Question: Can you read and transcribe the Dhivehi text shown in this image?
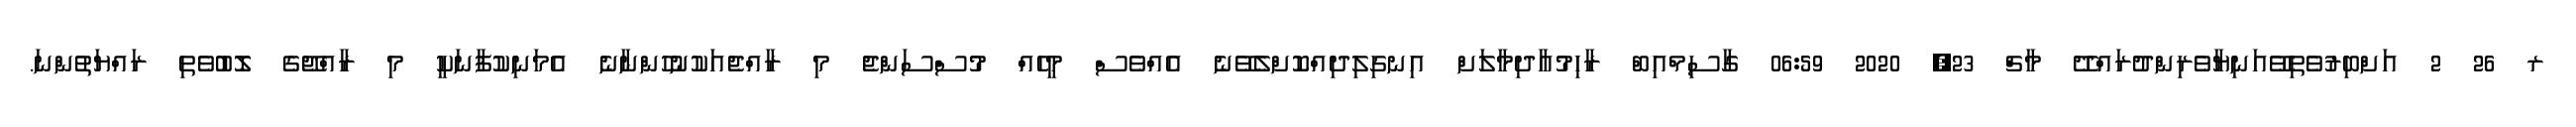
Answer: ރ 26 2 އަށްބިރުވެތިވޭއަނިޔާވެރިންދުރައްދޭ މާޗް 23, 2020 06:59 ގާސިމްއިބް ރާހިމުއާދިމާލަށް އިނގިލިދިއްކޮށްލެވޭނެ އެއްވެސް މީހެއް މުސްސަންޖެ މި ރާއްޖެއަކުނުހުންނާނެ އެމަނިކުފާނަކީ މި ރާއްޖޭގެ ލޮބުވެތި ރައްޔަތުންނަ.